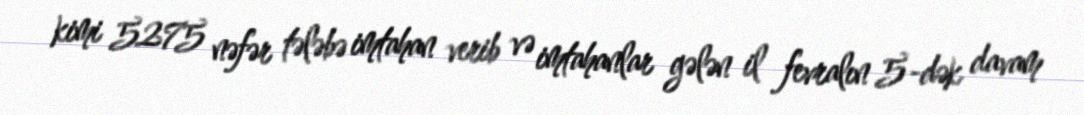
kimi 5275 nəfər tələbə imtahan verib və imtahanlar gələn il fevralın 5-dək davam